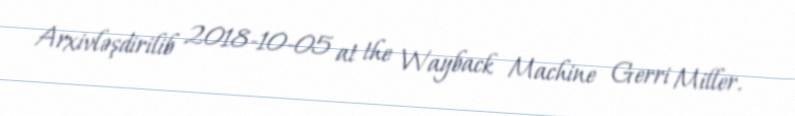
Arxivləşdirilib 2018-10-05 at the Wayback Machine Gerri Miller.